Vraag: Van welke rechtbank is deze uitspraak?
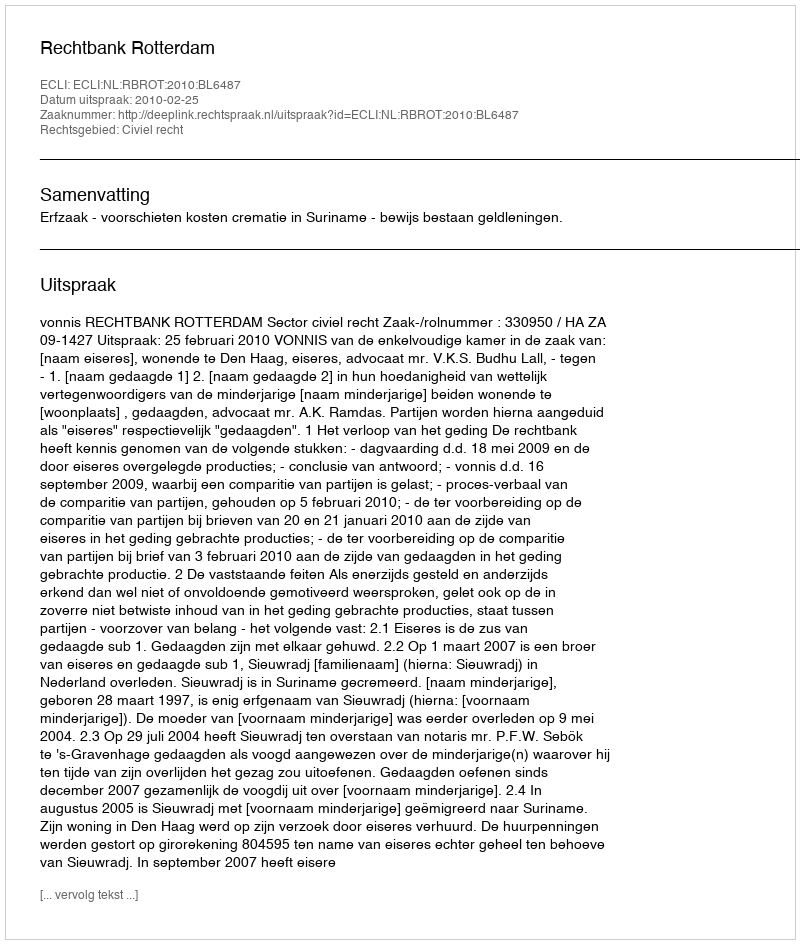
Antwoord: Rechtbank Rotterdam